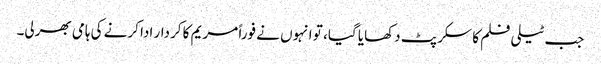
جب ٹیلی فلم کا سکرپٹ دکھایا گیا، تو انہوں نے فوراً مریم کا کردار ادا کرنے کی ہامی بھرلی۔